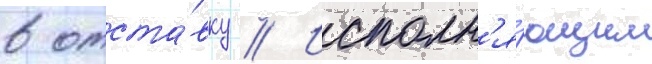
в отста́вку // Исполн'я́ющим